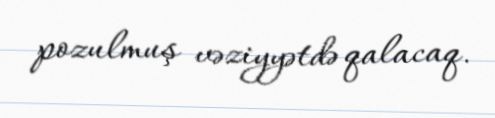
pozulmuş vəziyyətdə qalacaq.